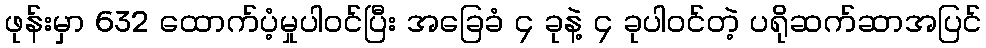
ဖုန်းမှာ 632 ထောက်ပံ့မှုပါဝင်ပြီး အခြေခံ ၄ ခုနဲ့ ၄ ခုပါဝင်တဲ့ ပရိုဆက်ဆာအပြင်